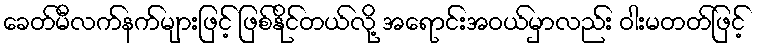
ခေတ်မီလက်နက်များဖြင့် ဖြစ်နိုင်တယ်လို့ အရောင်းအဝယ်မှာလည်း ဝါးမတတ်ဖြင့်